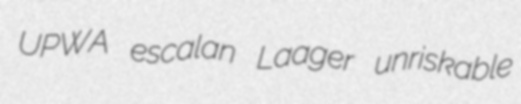
UPWA escalan Laager unriskable